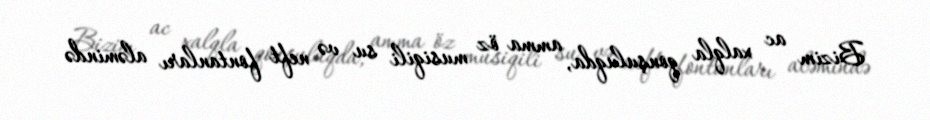
Bizim ac xalqla qonşuluqda, amma öz musiqili su və neft fontanları aləmində